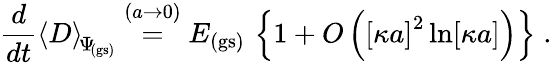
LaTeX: \frac{d}{dt}\left\langle D\right\rangle_{\scriptstyle\! \Psi_{\mathrm{\! {\scriptscriptstyle(gs)}}}}\stackrel{(a\rightarrow 0)}{=}E_{\mathrm{(gs)}}\, \left\{ 1+O\left(\left[\kappa a\right]^{2}\ln[\kappa a]\right)\right\} \; .